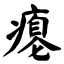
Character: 瘪